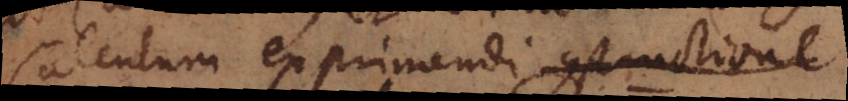
Calculum exprimendi constructione